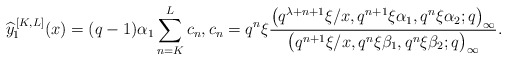
\begin{align*} \widehat{y}_1^{\,[K,L]}(x) = (q-1)\alpha_1\sum_{n=K}^{L}c_n, c_n = q^n\xi\frac{\big(q^{\lambda+n+1}\xi / x, q^{n+1} \xi\alpha_1, q^n \xi\alpha_2 ; q\big)_{\infty}}{\big(q^{n+1}\xi / x, q^n \xi\beta_1, q^n \xi\beta_2 ; q\big)_{\infty}} .\end{align*}